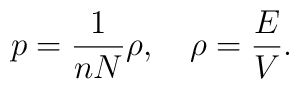
p = \frac{1}{nN}\rho,  \ \ \ \rho =\frac{E}{V}.